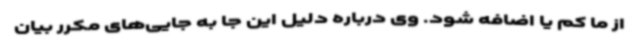
از ما کم یا اضافه شود. وی درباره دلیل این جا به جایی‌های مکرر بیان